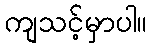
ကျသင့်မှာပါ။